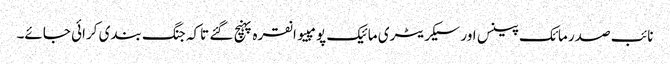
نائب صدر مائک پینس اور سیکریٹری مائیک پومپیو انقرہ پہنچ گئے تاکہ جنگ بندی کرائی جائے۔